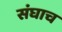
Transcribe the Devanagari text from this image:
संघाच